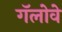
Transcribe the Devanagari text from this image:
गॅलोवे